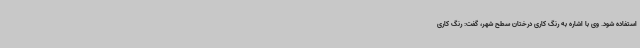
استفاده شود. وی با اشاره به رنگ کاری درختان سطح شهر، گفت: رنگ کاری